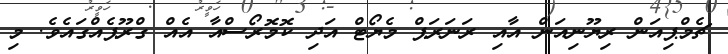
ޗެމްޕިއަން ރިޔޫނިއަން އާއި ރަނަރަޕް މެޔޯޓް އަދި ކޮމޮރޯސްއާ އެއް ގްރޫޕެއްގައެވެ. މި